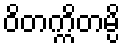
ဝိတက္ကိတမ္ပိ